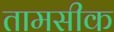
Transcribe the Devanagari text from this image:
तामसीक